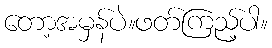
တော့အမှန်ပဲ။ဖတ်ကြည့်ပါ။